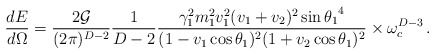
\begin{align*}\frac{dE}{d\Omega}=\frac{2{\cal G}}{(2\pi)^{D-2}}\frac{1}{D-2}\frac{\gamma_{1}^2m_{1}^2v_{1}^2(v_1+v_2)^2\sin{\theta_1}^4}{(1-v_1\cos\theta_1)^2(1+v_2\cos\theta_1)^2}\times \omega_{c}^{D-3}\,.\end{align*}